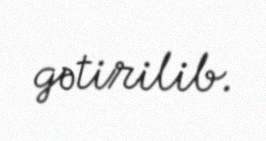
gətirilib.